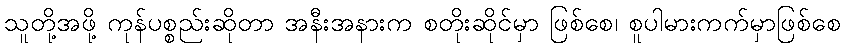
သူတို့အဖို့ ကုန်ပစ္စည်းဆိုတာ အနီးအနားက စတိုးဆိုင်မှာ ဖြစ်စေ၊ စူပါမားကက်မှာဖြစ်စေ